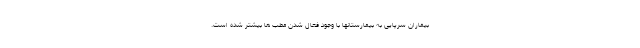
بیماران سرپایی به بیمارستانها با وجود فعال شدن مطب ها بیشتر شده است.